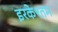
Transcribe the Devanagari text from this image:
इरकेश्तम